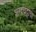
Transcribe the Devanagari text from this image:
शरदचंद्रांचा